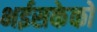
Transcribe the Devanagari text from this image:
भईसकेको